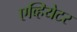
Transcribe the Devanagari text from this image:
एव्हियेटर